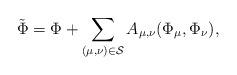
LaTeX: \begin{align*}\tilde{\Phi} = \Phi + \sum_{(\mu, \nu) \in \mathcal{S}} A_{\mu, \nu}(\Phi_{\mu}, \Phi_{\nu}),\end{align*}